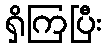
ရှိကြပြီး